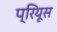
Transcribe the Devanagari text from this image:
प्रियूस